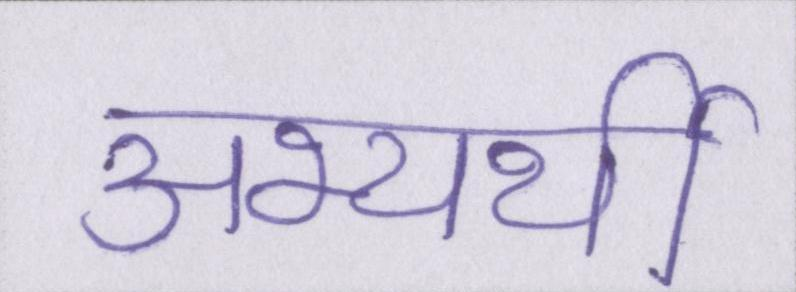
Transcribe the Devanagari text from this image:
अभ्यर्थी